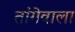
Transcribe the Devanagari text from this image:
तांगेवाला